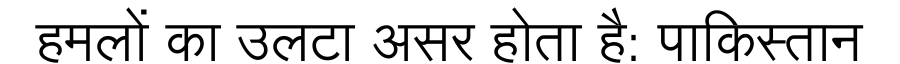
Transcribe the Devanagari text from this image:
हमलों का उलटा असर होता है: पाकिस्तान